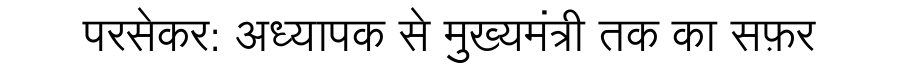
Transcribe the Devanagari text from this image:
परसेकर: अध्यापक से मुख्यमंत्री तक का सफ़र